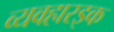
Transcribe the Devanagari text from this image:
व्यवहारइक